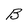
Character: B